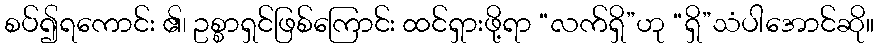
စပ်၍ရကောင်း ၏၊ ဥစ္စာရှင်ဖြစ်ကြောင်း ထင်ရှားဖို့ရာ “လက်ရှိ”ဟု “ရှိ”သံပါအောင်ဆို။